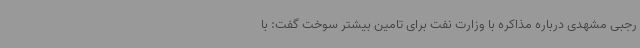
رجبی مشهدی درباره مذاکره با وزارت نفت برای تامین بیشتر سوخت گفت: با